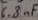
Text: 6.8nF